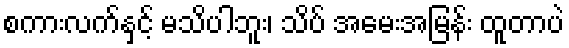
စကားလက်နှင့် မသိပါဘူး၊ သိပ် အမေးအမြန်း ထူတာပဲ